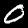
Label: 0